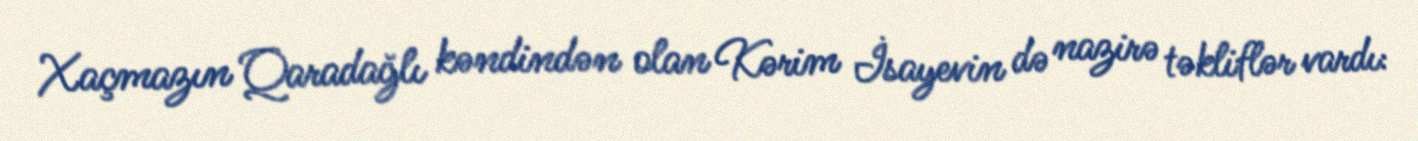
Xaçmazın Qaradağlı kəndindən olan Kərim İsayevin də nazirə təkliflər vardı: